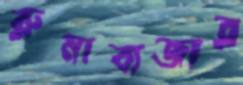
রুমাবাজার